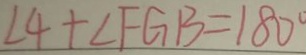
\angle 4 + \angle F G B = 1 8 0 ^ { \circ }